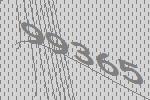
99365